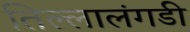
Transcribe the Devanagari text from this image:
तिल्लालंगडी